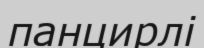
панцирлі